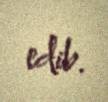
edib.